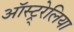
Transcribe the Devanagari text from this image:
ऑस्ट्र्रेलिया